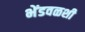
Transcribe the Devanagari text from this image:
भेंडवळशी